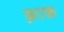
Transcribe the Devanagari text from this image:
क्राक